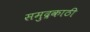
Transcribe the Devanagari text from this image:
समुद्रकाठी